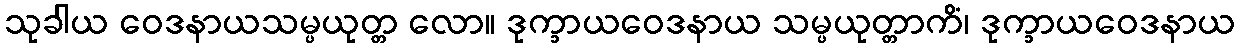
သုခါယ ဝေဒနာယသမ္ပယုတ္တ လော။ ဒုက္ခာယဝေဒနာယ သမ္ပယုတ္တာကိံ၊ ဒုက္ခာယဝေဒနာယ